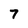
Character: 7